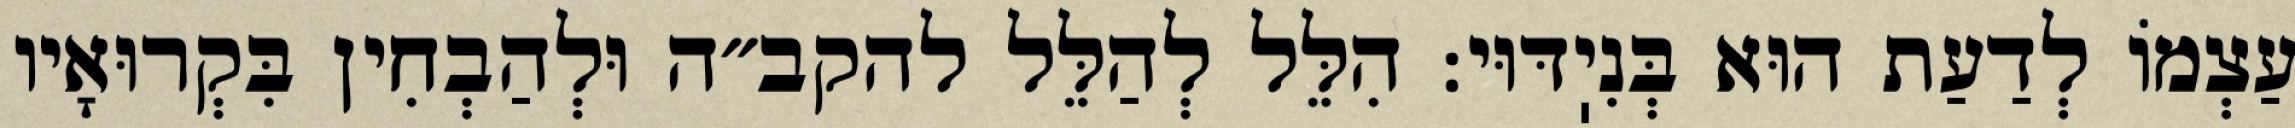
עַצְמוֹ לְדַעַת הוּא בְּנִיֽדּוּי: הִלֵּל לְהַלֵּל להקב״ה וּלְהַבְחִין בִּקְרוּאָיו